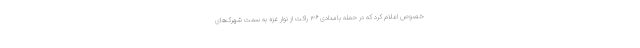
خصوص اعلام کرد که در حمله بامدادی ۳۶ راکت از نوار غزه به سمت شهرک‌های